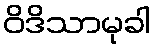
ဝိဒိသာမုခါ